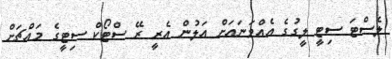
ލެސްޓަ ސިޓީ ލީގުގެ އެއްވަނައަށް އަލުން އެރީ ރޭ ސްޓޯކް ސިޓީގެ މައްޗަށް